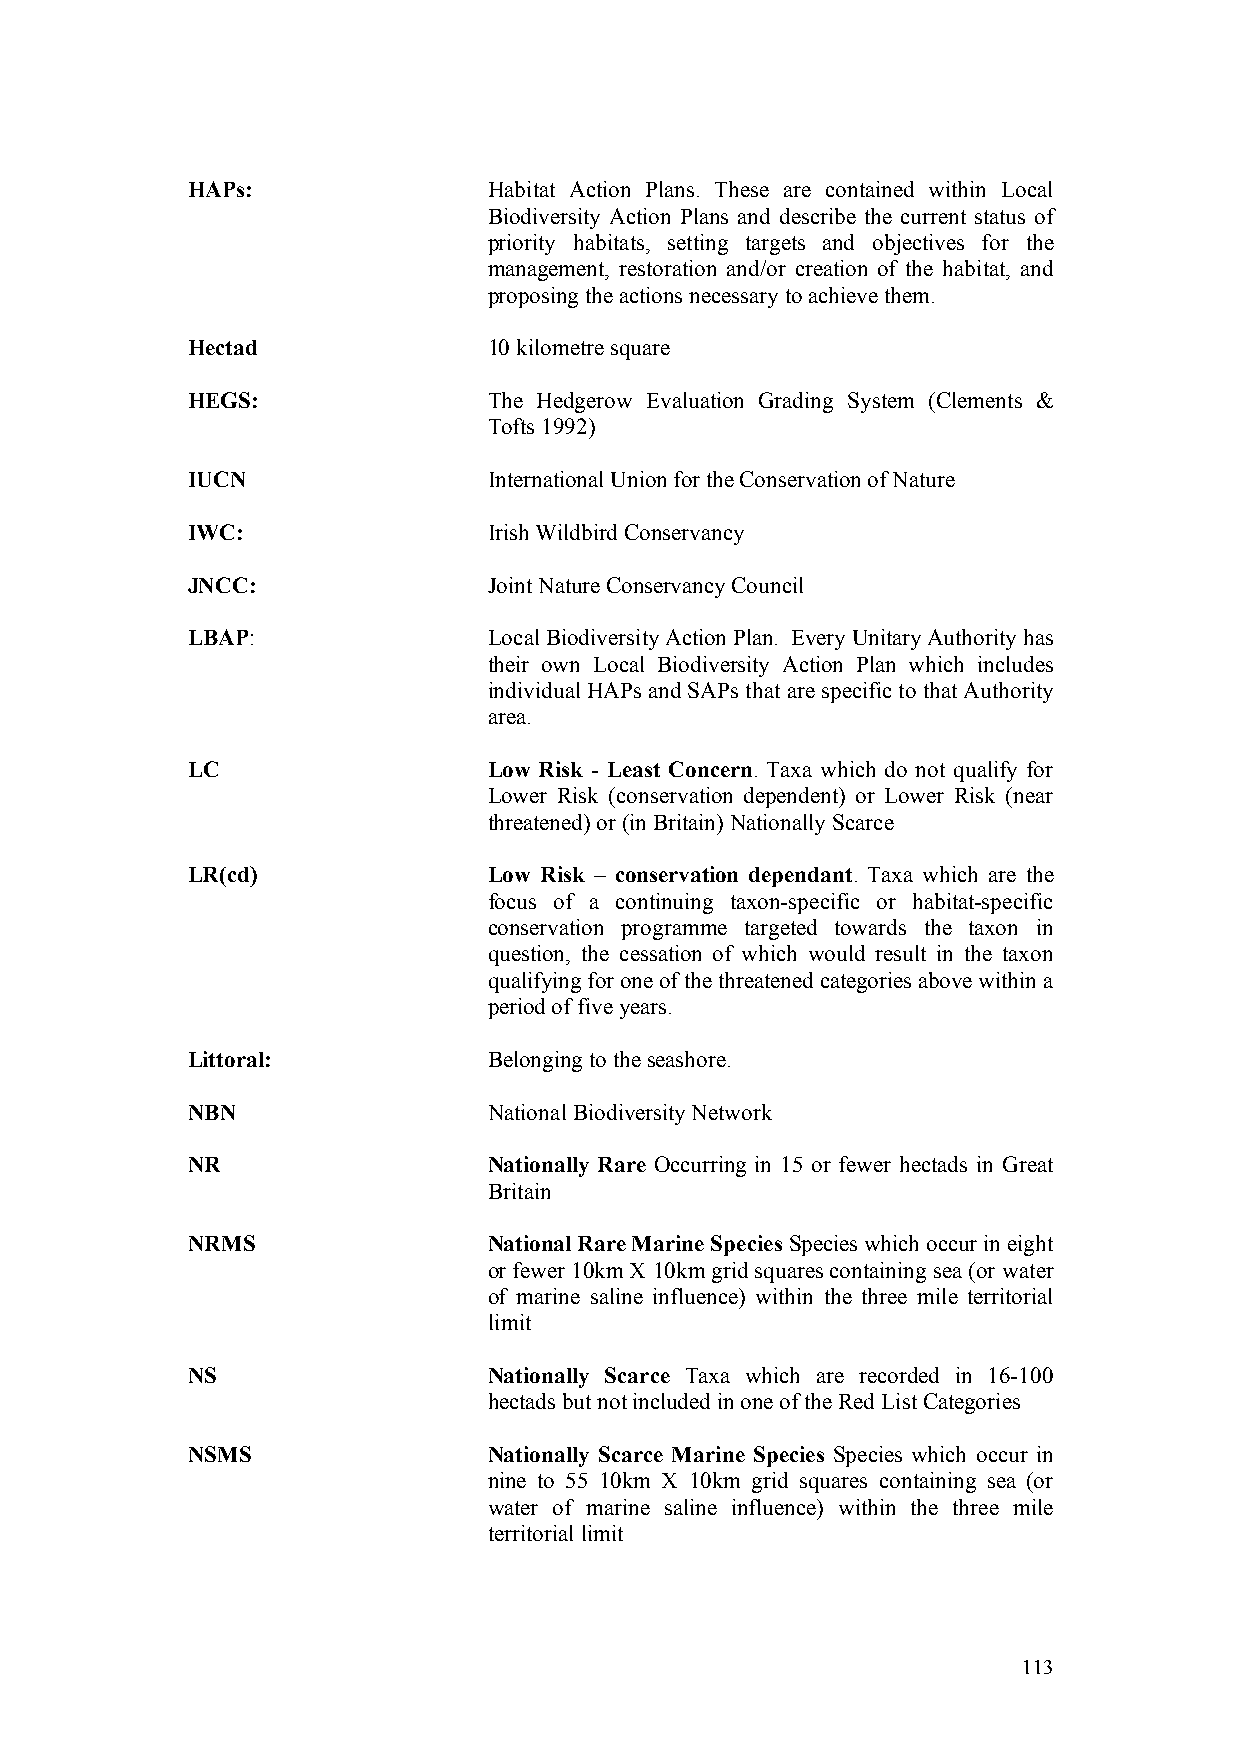
HAPs:               Habitat Action Plans. These are contained within Local
 Biodiversity Action Plans and describe the current status of
 priority habitats, setting targets and objectives for the
 management, restoration and/or creation of the habitat, and
 proposing the actions necessary to achieve them.
 Hectad              10 kilometre square
 HEGS:               The Hedgerow Evaluation Grading System (Clements &
 Tofts 1992)
 IUCN                International Union for the Conservation of Nature
 IWC:                Irish Wildbird Conservancy
 JNCC:               Joint Nature Conservancy Council
 LBAP:               Local Biodiversity Action Plan. Every Unitary Authority has
 their own Local Biodiversity Action Plan which includes
 individual HAPs and SAPs that are specific to that Authority
 area.
 LC                  Low Risk - Least Concern. Taxa which do not qualify for
 Lower Risk (conservation dependent) or Lower Risk (near
 threatened) or (in Britain) Nationally Scarce
 LR(cd)              Low Risk – conservation dependant. Taxa which are the
 focus of a continuing taxon-specific or habitat-specific
 conservation programme targeted towards the taxon in
 question, the cessation of which would result in the taxon
 qualifying for one of the threatened categories above within a
 period of five years.
 Littoral:           Belonging to the seashore.
 NBN                 National Biodiversity Network
 NR                  Nationally Rare Occurring in 15 or fewer hectads in Great
 Britain
 NRMS                National Rare Marine Species Species which occur in eight
 or fewer 10km X 10km grid squares containing sea (or water
 of marine saline influence) within the three mile territorial
 limit
 NS                  Nationally Scarce Taxa which are recorded in 16-100
 hectads but not included in one of the Red List Categories
 NSMS                Nationally Scarce Marine Species Species which occur in
 nine to 55 10km X 10km grid squares containing sea (or
 water of marine saline influence) within the three mile
 territorial limit
 113